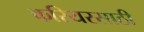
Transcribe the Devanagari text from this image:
करियरसाठी